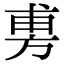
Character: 旉